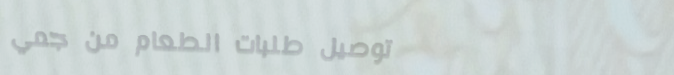
توصيل طلبات الطعام من جمي